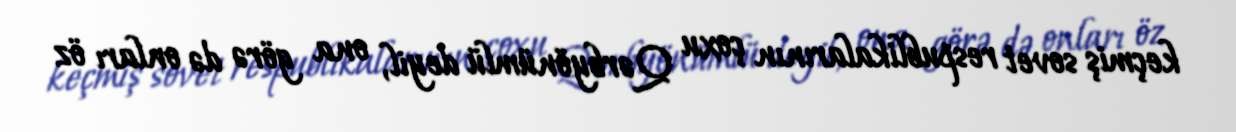
keçmiş sovet respublikalarının çoxu Qərbyönümlü deyil, ona görə də onları öz